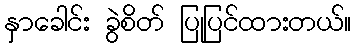
နှာခေါင်း ခွဲစိတ် ပြုပြင်ထားတယ်။